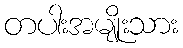
တပါးအမျိုးသား